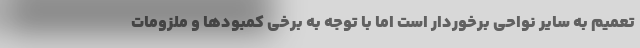
تعمیم به سایر نواحی برخوردار است اما با توجه به برخی کمبودها و ملزومات